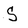
Character: S